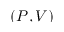
( P , V )